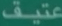
عثيف